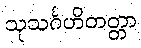
သုသင်္ဂဟိတတ္တာ